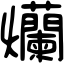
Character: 爤